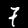
Label: 7